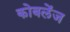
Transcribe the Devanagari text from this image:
कोबलेंज